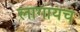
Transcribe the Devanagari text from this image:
लागायच